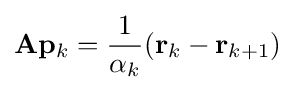
\mathbf {A} \mathbf {p} _{k}={\frac {1}{\alpha _{k}}}(\mathbf {r} _{k}-\mathbf {r} _{k+1})